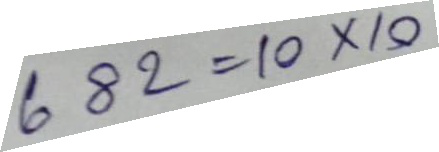
682 = 10 x 10